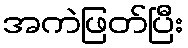
အကဲဖြတ်ပြီး